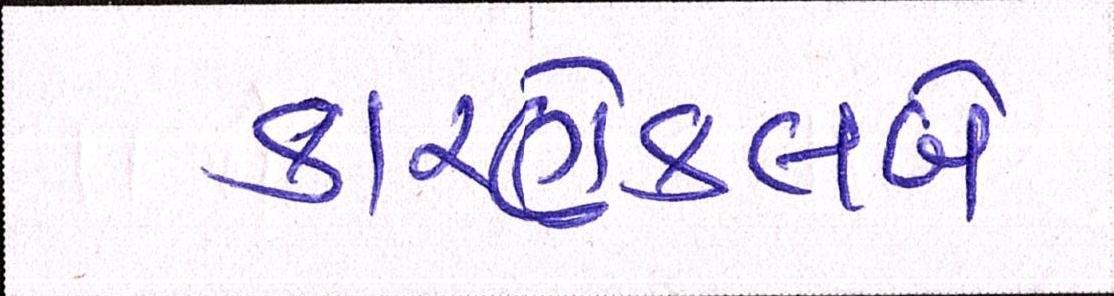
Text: કારણેક્લબે